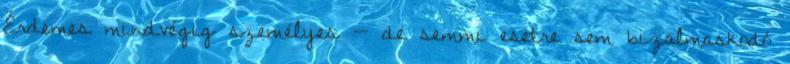
Érdemes mindvégig személyes — de semmi esetre sem bizalmaskodó